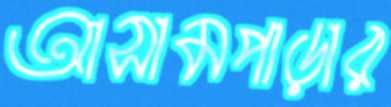
আসামপাড়ার